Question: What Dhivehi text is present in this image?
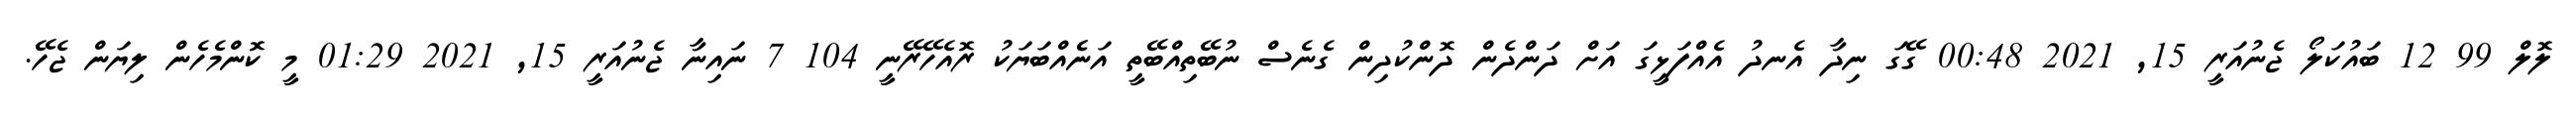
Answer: ލޮލް 99 12 ބައުކަލޯ ޖެނުއަރީ 15, 2021 00:48 ގޭގަ ނިދާ އެނދު އެއްފަޅީގަ އަށް ދަންދެން ދޮންކުދިން ގެނެސް ނުބޭތިއްބޭތީ އަނެެއްބަޔަކު ރޮއެހޭރޭނީ 104 7 ނައިނާ ޖެނުއަރީ 15, 2021 01:29 މީ ކޮންމެހެން ލިޔަން ޖެހޭ.